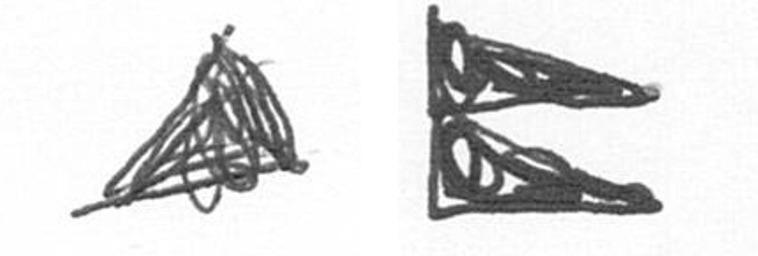
O P